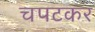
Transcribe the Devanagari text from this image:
चपटकर